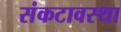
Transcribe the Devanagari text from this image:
संकटावस्था